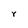
Character: Y